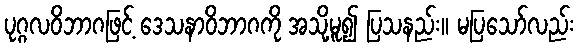
ပုဂ္ဂလဝိဘာဂဖြင့် ဒေသနာဝိဘာဂကို အသို့မူ၍ ပြသနည်း။ မပြသော်လည်း